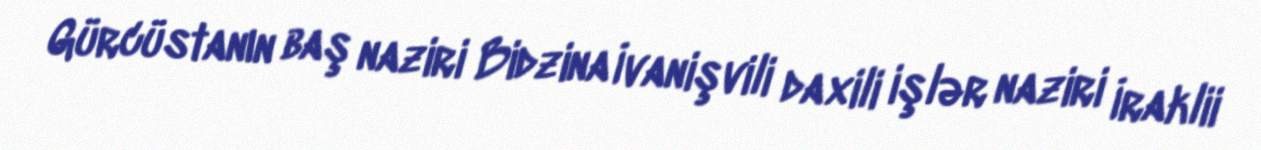
Gürcüstanın baş naziri Bidzina İvanişvili daxili işlər naziri İraklii